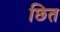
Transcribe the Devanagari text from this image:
छित